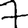
Digit: 7